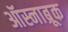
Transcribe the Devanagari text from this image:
ऑस्नाब्रूक